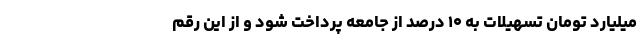
میلیارد تومان تسهیلات به ۱۰ درصد از جامعه پرداخت شود و از این رقم